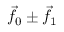
{ \vec { f } } _ { 0 } \pm { \vec { f } } _ { 1 }